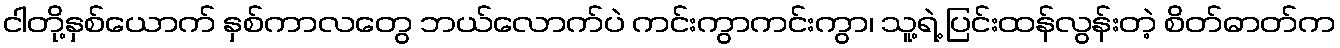
ငါတို့နှစ်ယောက် နှစ်ကာလတွေ ဘယ်လောက်ပဲ ကင်းကွာကင်းကွာ၊ သူ့ရဲ့ ပြင်းထန်လွန်းတဲ့ စိတ်ဓာတ်က